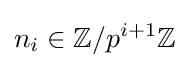
n_{i}\in \mathbb {Z} /p^{i+1}\mathbb {Z}